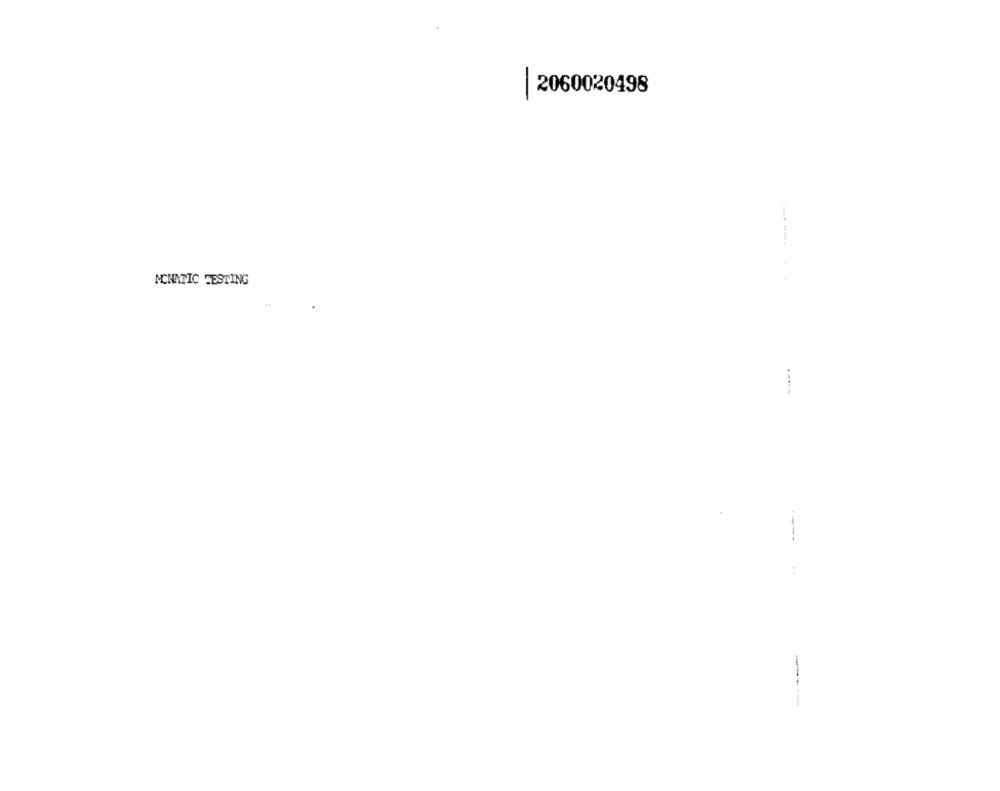
-
2060020498
MCHATIC TESTING
---- -